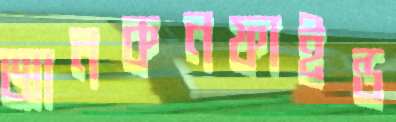
আনকনফাইন্ড